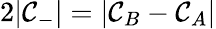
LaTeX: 2|\mathcal{C}_{-}|=|\mathcal{C}_{B}-\mathcal{C}_{A}|